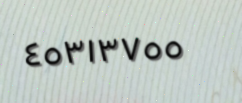
٤٥٣١٣٧٥٥